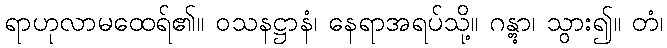
ရာဟုလာမထေရ်၏။ ဝသနဋ္ဌာနံ၊ နေရာအရပ်သို့။ ဂန္တွာ၊ သွား၍။ တံ၊